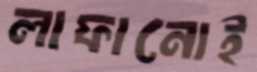
লাফানোই